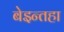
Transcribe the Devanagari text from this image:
बेइन्तहा